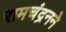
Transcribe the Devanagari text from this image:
रामचंद्रनने